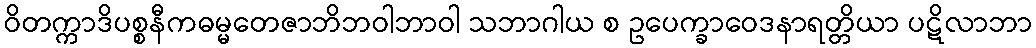
ဝိတက္ကာဒိပစ္စနီကဓမ္မတေဇာဘိဘဝါဘာဝါ သဘာဂါယ စ ဥပေက္ခာဝေဒနာရတ္တိယာ ပဋိလာဘာ